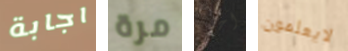
اجابة مرة آخر لايعلمون